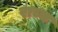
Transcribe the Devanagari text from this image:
राच्च